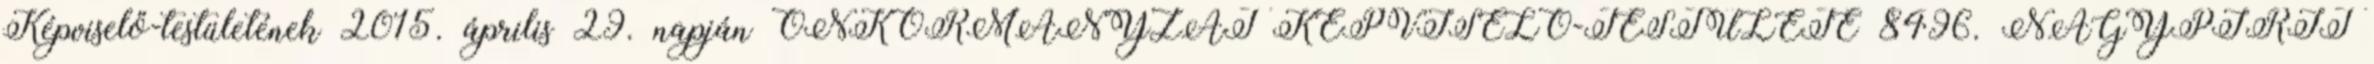
Képviselő-testületének 2015. április 29. napján ÖNKORMÁNYZAT KÉPVISELŐ-TESTÜLETE 8496. NAGYPIRIT